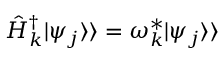
\hat { H } _ { k } ^ { \dagger } | \psi _ { j } \rangle \rangle = \omega _ { k } ^ { * } | \psi _ { j } \rangle \rangle